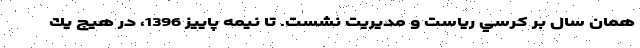
همان سال بر كرسي رياست و مديريت نشست. تا نيمه پاييز 1396، در هيچ يك